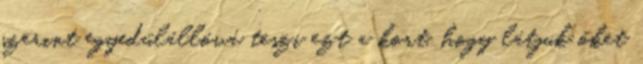
szerint egyedülállóvá teszi ezt a kort, hogy látjuk őket